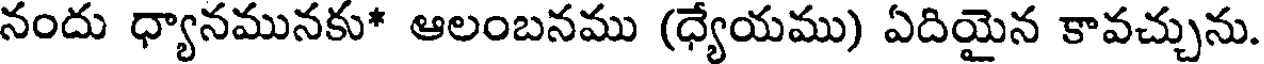
నందు ధ్యానమునకు* ఆలంబనము (ధ్యేయము) ఏదియైన కావచ్చును.